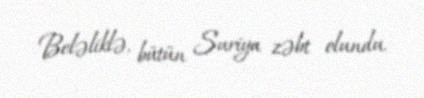
Beləliklə, bütün Suriya zəbt olundu.